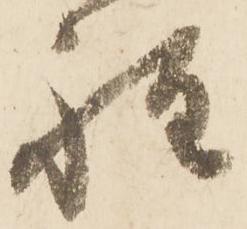
程